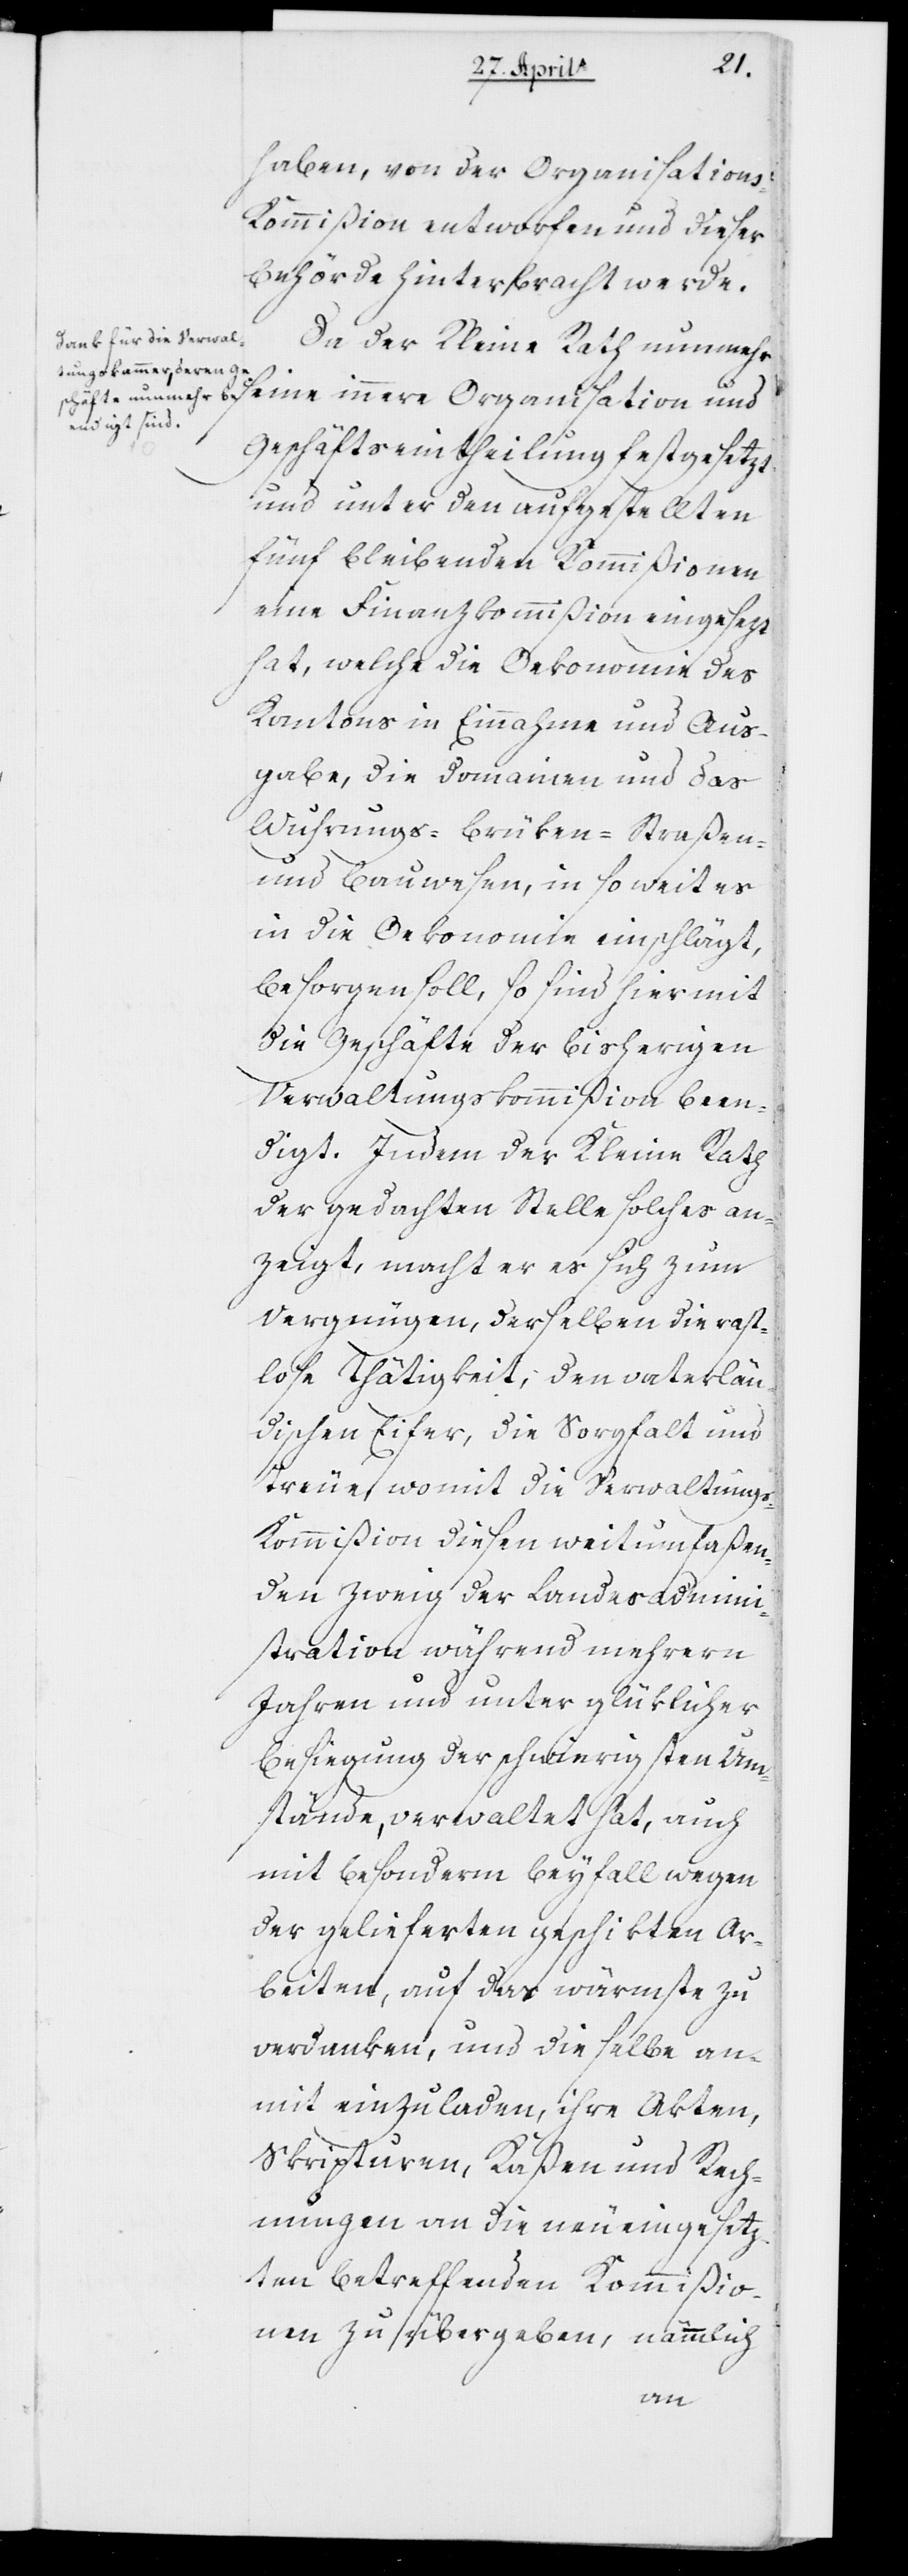
haben, von der Organisations¬
kommißion entworfen und dieser
Behörde hinterbracht werde.
Da der Kleine Rath nunmehr
seine innere Organisation und
Geschäftseintheilung festgesetzt
und unter den aufgestellten
fünf bleibenden Kommißionen
eine Finanzkommißion eingesetzt
hat, welche die Oekonomie des
Kantons in Einnahme und Aus¬
gabe, die Domainen und das
Wuhrungs- Brücken- Straßen-
und Bauwesen, in so weit es
in die Oekonomie einschlägt,
besorgen soll, so sind hiermit
die Geschäfte der bisherigen
Verwaltungskommißion been¬
digt. Indem der Kleine Rath
der gedachten Stelle solches an¬
zeigt, macht er es sich zum
Vergnügen, derselben die rast¬
lose Thätigkeit, den vaterlän¬
dischen Eifer, die Sorgfalt und
Treue, womit die Verwaltungs¬
kommißion diesen weitumfaßen¬
den Zweig der Landesadmini¬
stration während mehrern
Jahren und unter glücklicher
Besiegung der schwierigsten Um¬
stände, verwaltet hat, auch
mit besonderm Beifall wegen
der gelieferten geschickten Ar¬
beiten, auf das wärmste zu
verdanken, und dieselbe an¬
mit einzuladen, ihre Akten,
Skripturen, Kaßen und Rech¬
nungen an die neu eingesetz¬
ten betreffenden Kommißio¬
nen zu übergeben, nämmlich